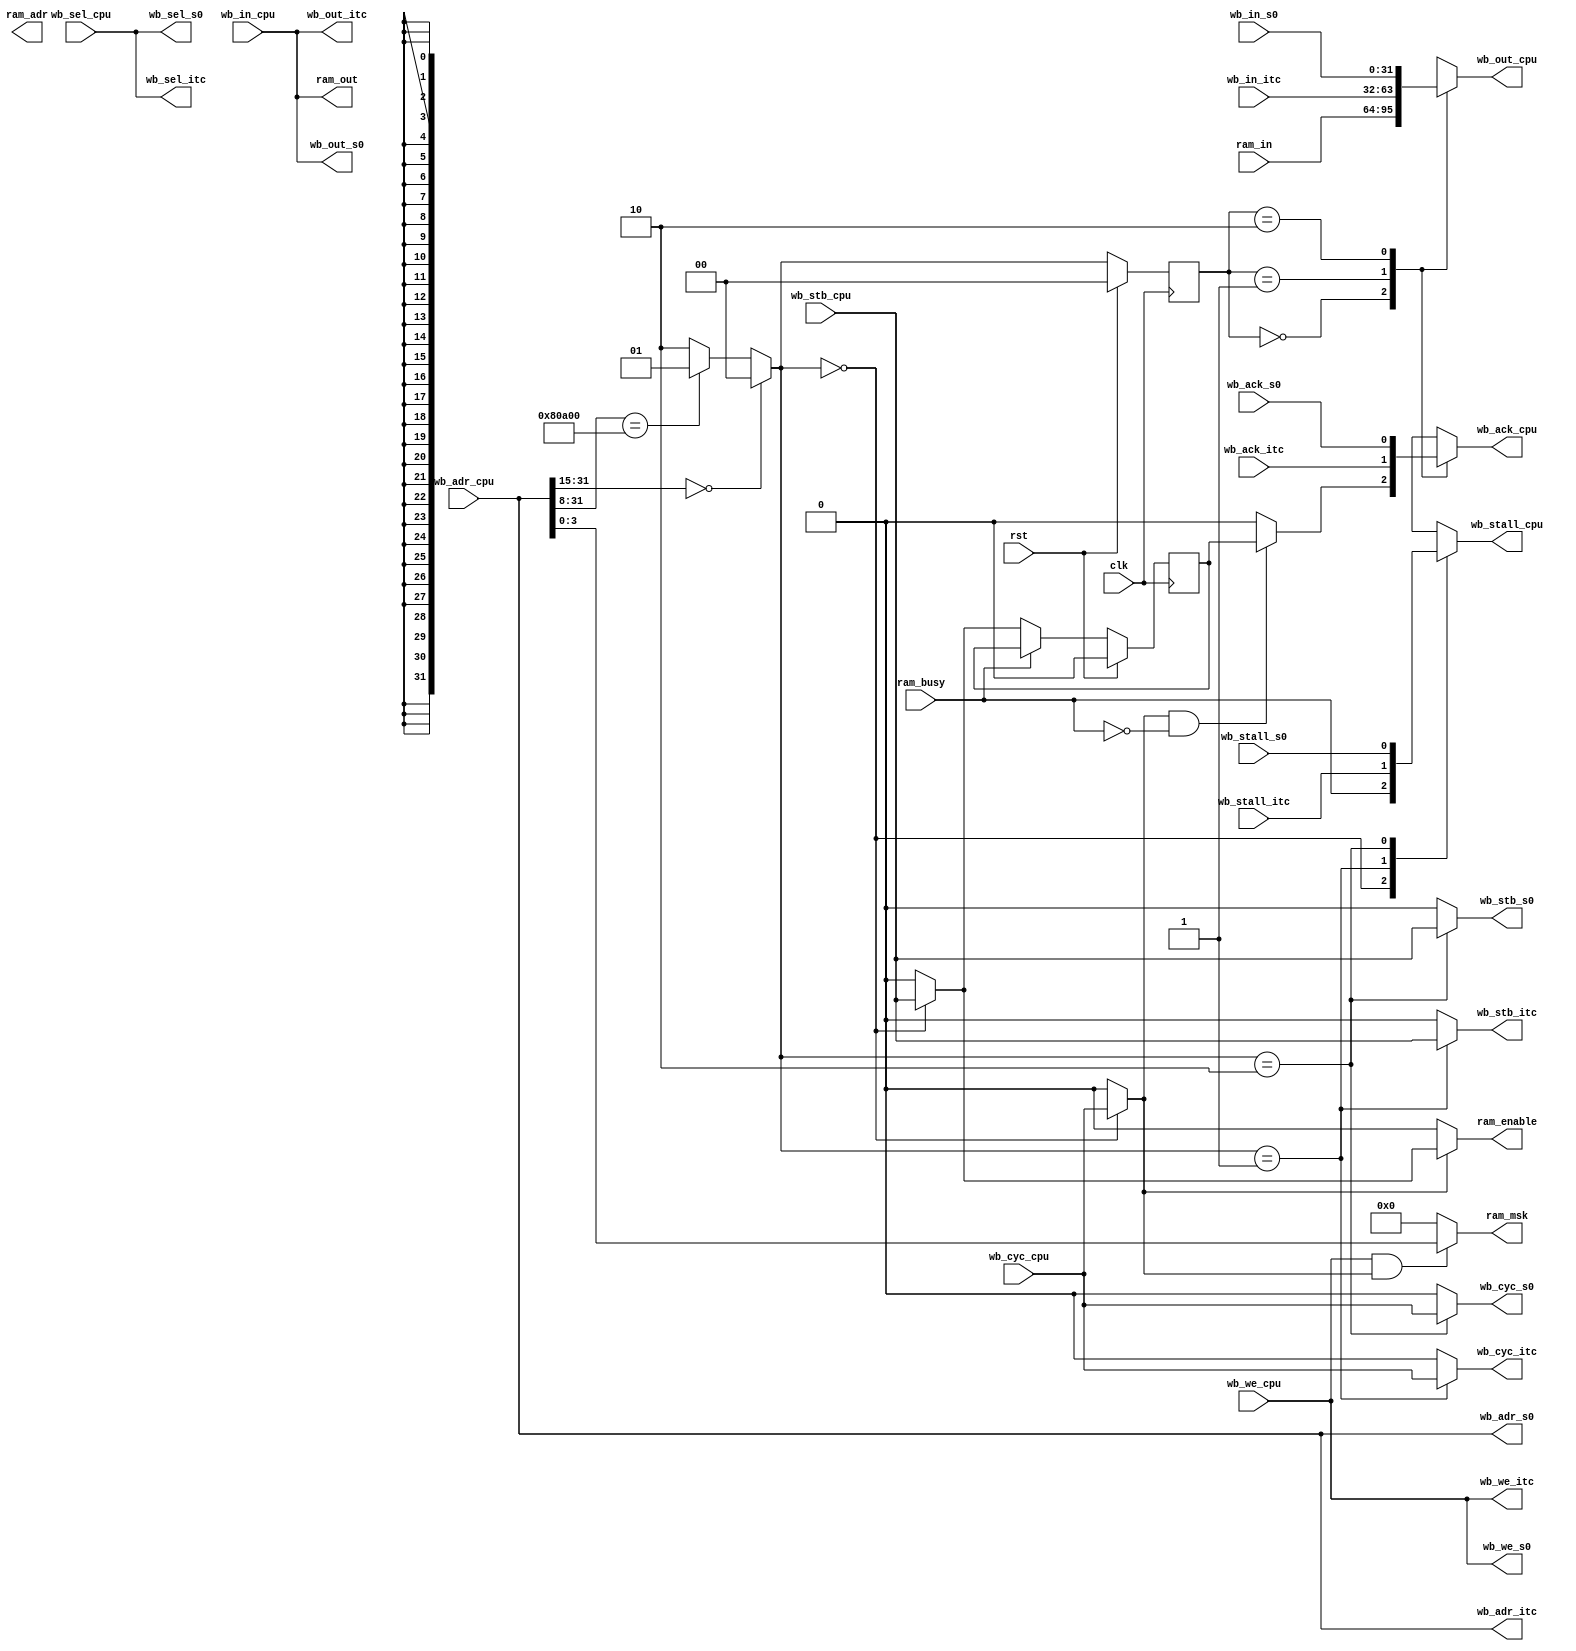
module wb_mux(
    input wire[31:0] ram_in,
    output wire[31:0] ram_out,
    output wire[31:0] ram_adr,
    output wire[3:0] ram_msk,
    output wire ram_enable,
    input wire ram_busy,

    input wire[31:0] wb_in_itc,
    output wire[31:0] wb_out_itc,
    output wire[31:0] wb_adr_itc,
    output wire[3:0] wb_sel_itc,
    output wire wb_cyc_itc,
    output wire wb_stb_itc,
    input wire wb_ack_itc,
    input wire wb_stall_itc,
    output wire wb_we_itc,
    
    input wire [31:0] wb_in_s0,
    output wire [31:0] wb_out_s0,
    output wire [31:0] wb_adr_s0,
    output wire [3:0] wb_sel_s0,
    output wire wb_cyc_s0,
    output wire wb_stb_s0,
    input wire wb_ack_s0,
    input wire wb_stall_s0,
    output wire wb_we_s0,

    input wire[31:0] wb_in_cpu,
    output wire[31:0] wb_out_cpu,
    input wire[31:0] wb_adr_cpu,
    input wire[3:0] wb_sel_cpu,
    input wire wb_cyc_cpu,
    input wire wb_stb_cpu,
    output wire wb_ack_cpu,
    output wire wb_stall_cpu,
    input wire wb_we_cpu,

    input wire clk,
    input wire rst
    );
    parameter interupt_ctrl_adr = 24'h080A00;
    parameter interupt_ctrl_adr_size = 8;
    parameter pc_bit_size = 15;

    reg[1:0] outstate;
    wire[1:0] outport;
    
    assign outport = (wb_adr_cpu[31:pc_bit_size] == 0) ? 2'h0 : //te mux controler for wb slave
                      (wb_adr_cpu[31:interupt_ctrl_adr_size] == interupt_ctrl_adr) ? 2'h1 :
                      2'h2;    

    wire[31:0] wb_in[2:0];
    wire wb_ack[2:0];
    wire wb_stall[2:0];

    wire [3:0] wb_sel_ram;
// signals for slave mux
    assign wb_in[0] = ram_in;
    assign wb_in[1] = wb_in_itc;
    assign wb_in[2] = wb_in_s0;

    assign wb_ack[0] = ram_ack;
    assign wb_ack[1] = wb_ack_itc;
    assign wb_ack[2] = wb_ack_s0;

    assign wb_stall[0] = ram_busy;
    assign wb_stall[1] = wb_stall_itc;
    assign wb_stall[2] = wb_stall_s0;

    assign ram_out = wb_in_cpu;
    assign wb_out_itc = wb_in_cpu;
    assign wb_out_s0 = wb_in_cpu;
    
    assign wb_sel_ram = wb_adr_cpu;
    assign wb_adr_itc = wb_adr_cpu;
    assign wb_adr_s0 = wb_adr_cpu;

    assign ram_sel = wb_sel_cpu;
    assign wb_sel_itc = wb_sel_cpu;
    assign wb_sel_s0 = wb_sel_cpu;

    assign ram_wren = wb_we_cpu;
    assign wb_we_itc = wb_we_cpu;
    assign wb_we_s0 = wb_we_cpu;
        
    assign wb_out_cpu = wb_in[outstate];    
    assign wb_ack_cpu = wb_ack[outstate];
    assign wb_stall_cpu = wb_stall[outport];
    
    assign ram_cyc = (outport == 0) ? wb_cyc_cpu : 1'b0;
    assign wb_cyc_itc = (outport == 1) ? wb_cyc_cpu : 1'b0;
    assign wb_cyc_s0 = (outport == 2) ? wb_cyc_cpu : 1'b0;

    assign ram_en = (outport == 0) ? wb_stb_cpu : 1'b0;
    assign wb_stb_itc = (outport == 1) ? wb_stb_cpu : 1'b0;
    assign wb_stb_s0 = (outport == 2) ? wb_stb_cpu : 1'b0;

// control signals for slave
    always @ (posedge clk)begin
        if(rst == 1)begin
            outstate <= 0;
        end
        else begin
            outstate <= outport;
        end
    end

// ram wb signals

    reg ram_int_ack;

    assign ram_msk = ((ram_wren == 1) && (ram_cyc == 1)) ? wb_sel_ram : 4'h0;
    assign ram_enable = (ram_cyc == 1) ? ram_en : 1'b0;
    assign ram_ack = ((ram_cyc == 1) && (ram_busy == 0)) ? ram_int_ack : 1'b0;

    always @ (posedge clk)begin
        if(rst == 1)begin
            ram_int_ack <= 0;
//            ram_sel_msk <= 0;
        end
        else begin
            if(ram_busy == 0)begin
                ram_int_ack <= ram_en;
            end
//            ram_sel_msk <= wbm_sel[mastersel];
        end
    end
    
endmodule